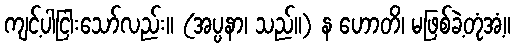
ကျင့်ပါငြါးသော်လည်း။ (အပ္ပနာ၊ သည်။) န ဟောတိ၊ မဖြစ်ခဲ့တုံအံ့။